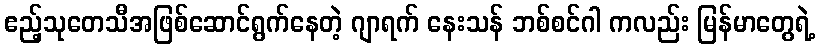
ဧည့်သုတေသီအဖြစ်ဆောင်ရွက်နေတဲ့ ဂျာရက် နေးသန် ဘစ်စင်ဂါ ကလည်း မြန်မာတွေရဲ့